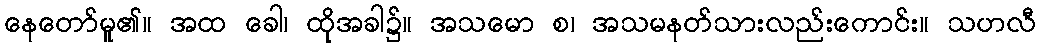
နေတော်မူ၏။ အထ ခေါ၊ ထိုအခါ၌။ အသမော စ၊ အသမနတ်သားလည်းကောင်း။ သဟလီ